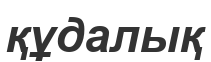
құдалық